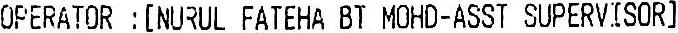
OPERATOR : [NURUL FATEHA BT MOHD-ASST SUPERVISOR]